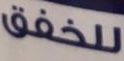
للخفق